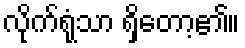
လိုက်ရုံသာ ရှိတော့၏။